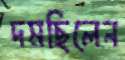
দমছিলেন